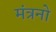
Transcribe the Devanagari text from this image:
मंत्रनो